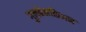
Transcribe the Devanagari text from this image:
गुलबेनकिअन